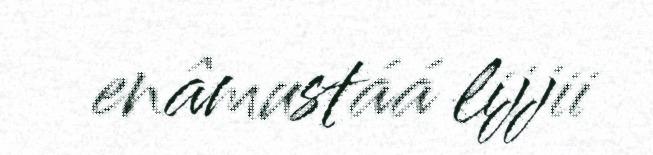
enâmustáá lijjii